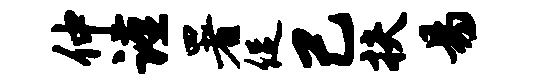
仲谨署促己扶易